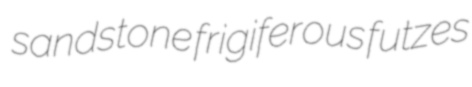
sandstone frigiferous futzes